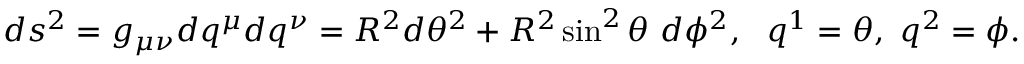
d s ^ { 2 } = g _ { \mu \nu } d q ^ { \mu } d q ^ { \nu } = R ^ { 2 } d \theta ^ { 2 } + R ^ { 2 } \sin ^ { 2 } \theta ~ d \phi ^ { 2 } , ~ ~ q ^ { 1 } = \theta , ~ q ^ { 2 } = \phi .